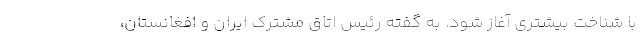
با شناخت بیشتری آغاز شود. به گفته رئیس اتاق مشترک ایران و افغانستان،